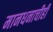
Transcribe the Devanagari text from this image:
मानधनाचीही